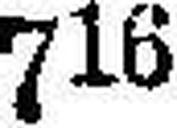
716